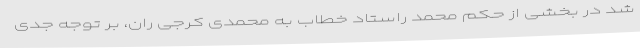
شد در بخشی از حکم محمد راستاد خطاب به محمدی کرجی ران، بر توجه جدی